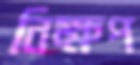
নিক্ষপ